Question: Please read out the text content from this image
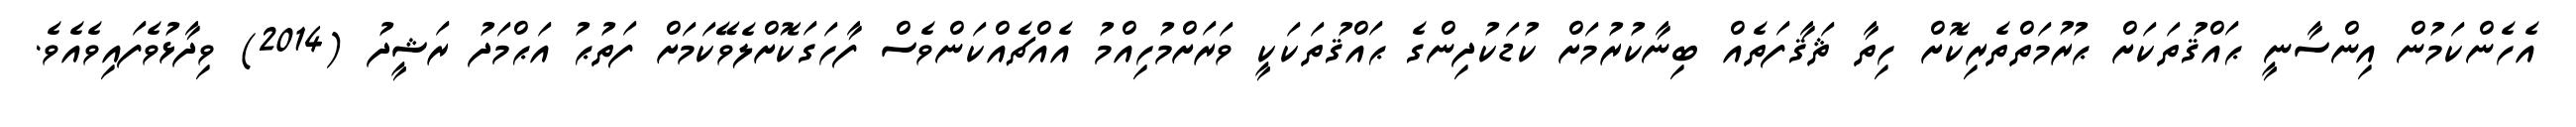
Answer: އެހެންކަމުން އިންސާނީ ޙައްޤުތަކަށް ޙުރުމަތްތެރިކޮށް ހިތާ ޘަޤާފަތެއް ބިނާކުރުމަށް ކުޑަކުދިންގެ ޙައްޤުތަކަކީ ވަރަށްމުހިއްމު އެއްޗެއްކަންވެސް ފާހަގަކޮށްލެވޭކަމަށް ފަތުޙު އަޙްމަދު ރަޝީދު (2014) ވިދާޅުވެފައިވެއެވެ.